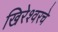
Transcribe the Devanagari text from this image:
खिरेश्वरचे